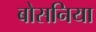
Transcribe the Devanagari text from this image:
बोसनिया